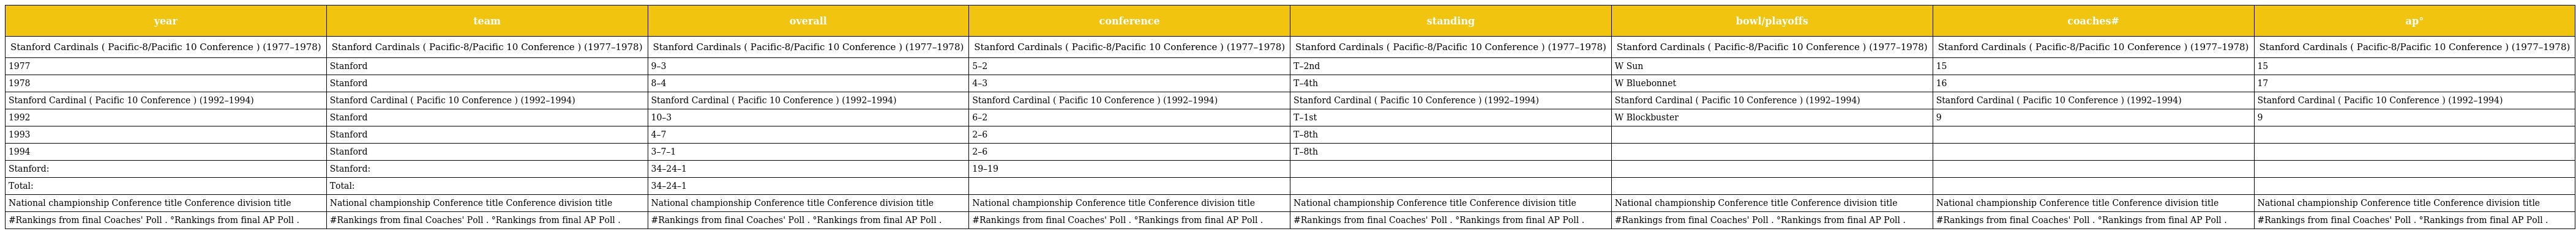
| year | team | overall | conference | standing | bowl/playoffs | coaches# | ap° |
 | --- | --- | --- | --- | --- | --- | --- | --- |
 | Stanford Cardinals ( Pacific-8/Pacific 10 Conference ) (1977–1978) | Stanford Cardinals ( Pacific-8/Pacific 10 Conference ) (1977–1978) | Stanford Cardinals ( Pacific-8/Pacific 10 Conference ) (1977–1978) | Stanford Cardinals ( Pacific-8/Pacific 10 Conference ) (1977–1978) | Stanford Cardinals ( Pacific-8/Pacific 10 Conference ) (1977–1978) | Stanford Cardinals ( Pacific-8/Pacific 10 Conference ) (1977–1978) | Stanford Cardinals ( Pacific-8/Pacific 10 Conference ) (1977–1978) | Stanford Cardinals ( Pacific-8/Pacific 10 Conference ) (1977–1978) |
 | 1977 | Stanford | 9–3 | 5–2 | T–2nd | W Sun | 15 | 15 |
 | 1978 | Stanford | 8–4 | 4–3 | T–4th | W Bluebonnet | 16 | 17 |
 | Stanford Cardinal ( Pacific 10 Conference ) (1992–1994) | Stanford Cardinal ( Pacific 10 Conference ) (1992–1994) | Stanford Cardinal ( Pacific 10 Conference ) (1992–1994) | Stanford Cardinal ( Pacific 10 Conference ) (1992–1994) | Stanford Cardinal ( Pacific 10 Conference ) (1992–1994) | Stanford Cardinal ( Pacific 10 Conference ) (1992–1994) | Stanford Cardinal ( Pacific 10 Conference ) (1992–1994) | Stanford Cardinal ( Pacific 10 Conference ) (1992–1994) |
 | 1992 | Stanford | 10–3 | 6–2 | T–1st | W Blockbuster | 9 | 9 |
 | 1993 | Stanford | 4–7 | 2–6 | T–8th |  |  |  |
 | 1994 | Stanford | 3–7–1 | 2–6 | T–8th |  |  |  |
 | Stanford: | Stanford: | 34–24–1 | 19–19 |  |  |  |  |
 | Total: | Total: | 34–24–1 |  |  |  |  |  |
 | National championship Conference title Conference division title | National championship Conference title Conference division title | National championship Conference title Conference division title | National championship Conference title Conference division title | National championship Conference title Conference division title | National championship Conference title Conference division title | National championship Conference title Conference division title | National championship Conference title Conference division title |
 | #Rankings from final Coaches' Poll . °Rankings from final AP Poll . | #Rankings from final Coaches' Poll . °Rankings from final AP Poll . | #Rankings from final Coaches' Poll . °Rankings from final AP Poll . | #Rankings from final Coaches' Poll . °Rankings from final AP Poll . | #Rankings from final Coaches' Poll . °Rankings from final AP Poll . | #Rankings from final Coaches' Poll . °Rankings from final AP Poll . | #Rankings from final Coaches' Poll . °Rankings from final AP Poll . | #Rankings from final Coaches' Poll . °Rankings from final AP Poll . |